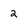
Character: 2